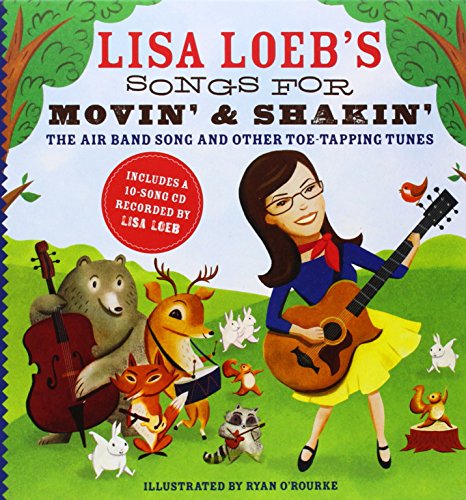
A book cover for Lisa Loeb's Songs for Movin' and Shakin': The Air Band Song and Other Toe-Tapping Tunes; Lisa Loeb; Children's Books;